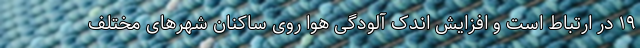
۱۹ در ارتباط است و افزایش اندک آلودگی هوا روی ساکنان شهرهای مختلف